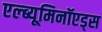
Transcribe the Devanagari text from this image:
एल्ब्यूमिनॉएड्स